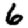
Digit: 6